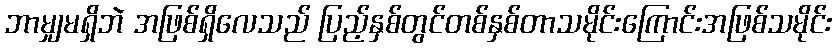
ဘာမျှမရှိဘဲ အဖြစ်ရှိလေသည် ပြည့်နှစ်တွင်တစ်နှစ်တာသမိုင်းကြောင်းအဖြစ်သမိုင်း